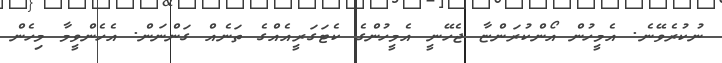
ނުކުރެވޭނެ. އެމީހުން އޯންކުރަންޏާ ޖެހޭނީ އެމީހުންގެ ކެޓަގަރީއެއްގެ ތަނެއް ގަންނަން. އެހެންވީމާ މިހެން